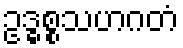
ဥဒ္ဓစ္စသဟဂတံ